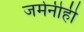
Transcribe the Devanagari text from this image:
जर्मनीही